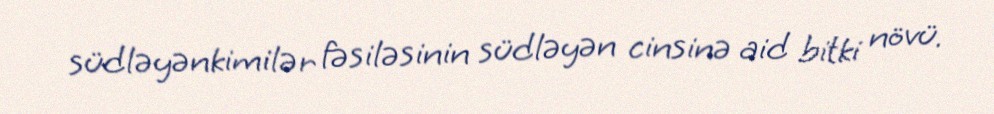
südləyənkimilər fəsiləsinin südləyən cinsinə aid bitki növü.